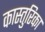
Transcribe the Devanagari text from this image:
कास्तुरिका